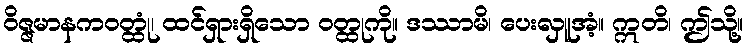
ဝိဇ္ဇမာနကဝတ္ထုံ၊ ထင်ရှားရှိသော ဝတ္ထုကို။ ဒဿာမိ၊ ပေးလှူအံ့။ ဣတိ၊ ဤသို့။